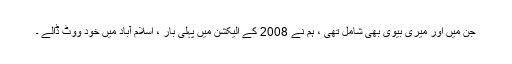
جن میں اور میری بیوی بھی شامل تھی ، ہم نے 2008 کے الیکشن میں پہلی بار ، اسلام آباد میں خود ووٹ ڈالے ۔